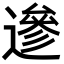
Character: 遪